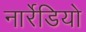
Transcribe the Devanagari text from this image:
नार्रेडियो